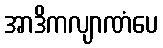
အာဒိကလျာဏံပေ